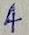
Text: 4